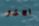
الاخر